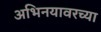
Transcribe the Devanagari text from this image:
अभिनयावरच्या